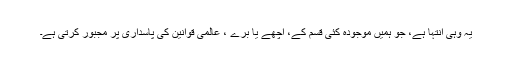
یہ وہی انتہا ہے، جو ہمیں موجودہ کئی قسم کے، اچھے یا بُرے ، عالمی قوانین کی پاسداری پر مجبور کرتی ہے۔